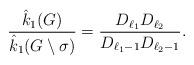
LaTeX: \begin{align*}\dfrac{\hat{k}_1{(G)}}{\hat{k}_1(G\setminus\sigma)}= \dfrac{D_{\ell_1}D_{\ell_2}}{D_{\ell_1-1}D_{\ell_2-1}}.\end{align*}